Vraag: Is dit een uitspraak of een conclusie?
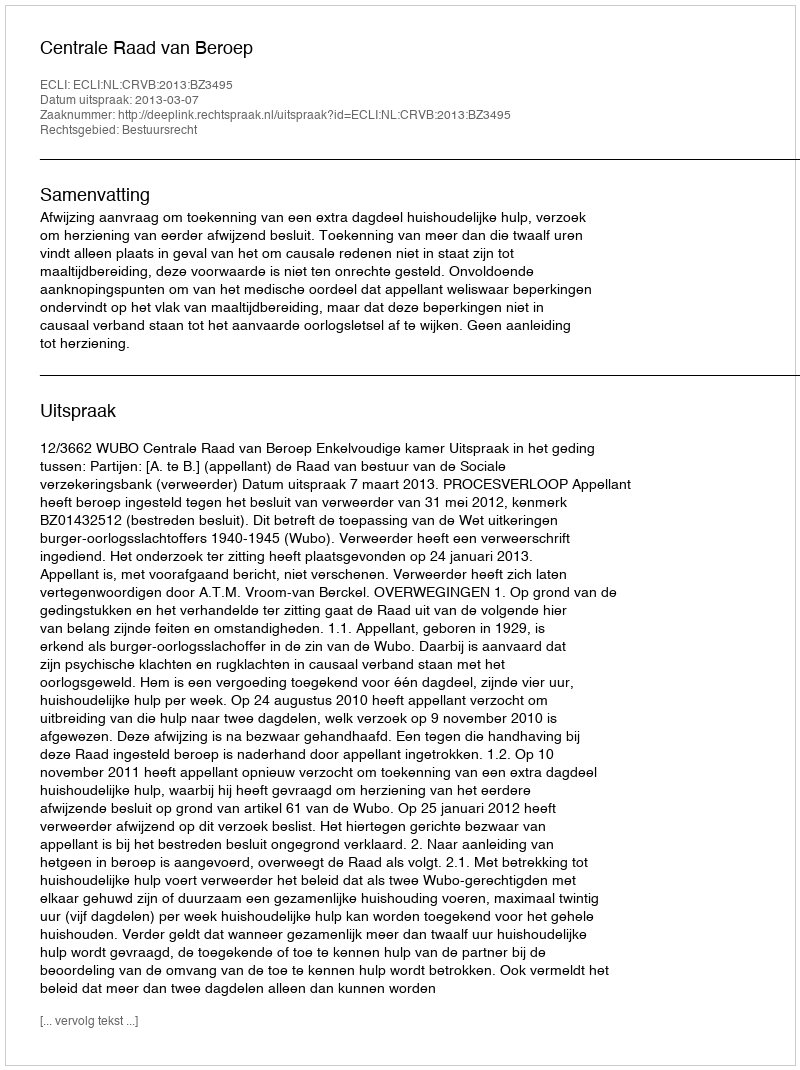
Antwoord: Uitspraak